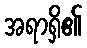
အရာရှိ၏